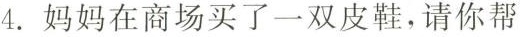
4.妈妈在商场买了一双皮鞋，请你帮